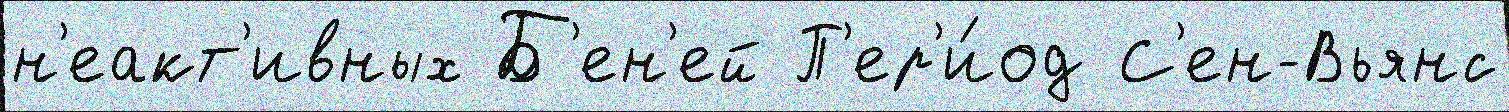
н'еакт'ивных Б'ен'ей П'ер'и́од С'ен-Вьянс